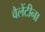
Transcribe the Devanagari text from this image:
वैलेंटीना